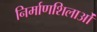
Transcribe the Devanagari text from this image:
निर्माणशिलाओं